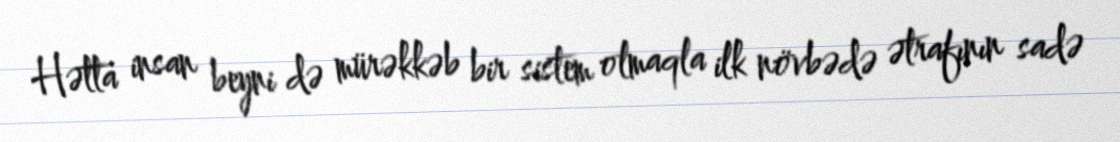
Hətta insan beyni də mürəkkəb bir sistem olmaqla ilk növbədə ətrafının sadə